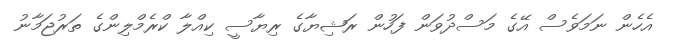
އެހެން ނަމަވެސް އޭގެ މަސްދުވަން ފަހުން ރަޝިޔާގެ ރިޔާސީ ކިއްލާ ކްރެމްލިންގެ ތަރުޖަމާނު